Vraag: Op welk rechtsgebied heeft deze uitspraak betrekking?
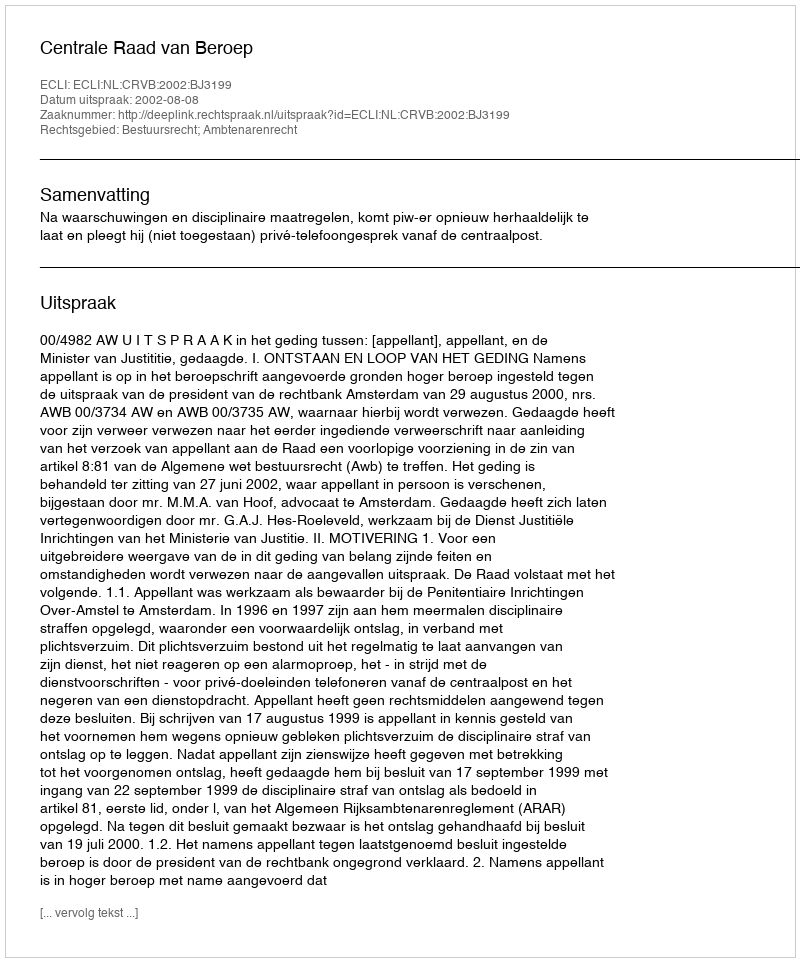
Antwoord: Bestuursrecht; Ambtenarenrecht